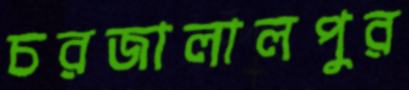
চরজালালপুর